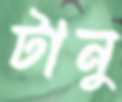
টানু